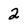
Character: 2